State Department UAP Cable 5, Mexico, September 16, 2003
Agency: Department of State
Incident date: 9/12/03
Incident location: Mexico
Page 4
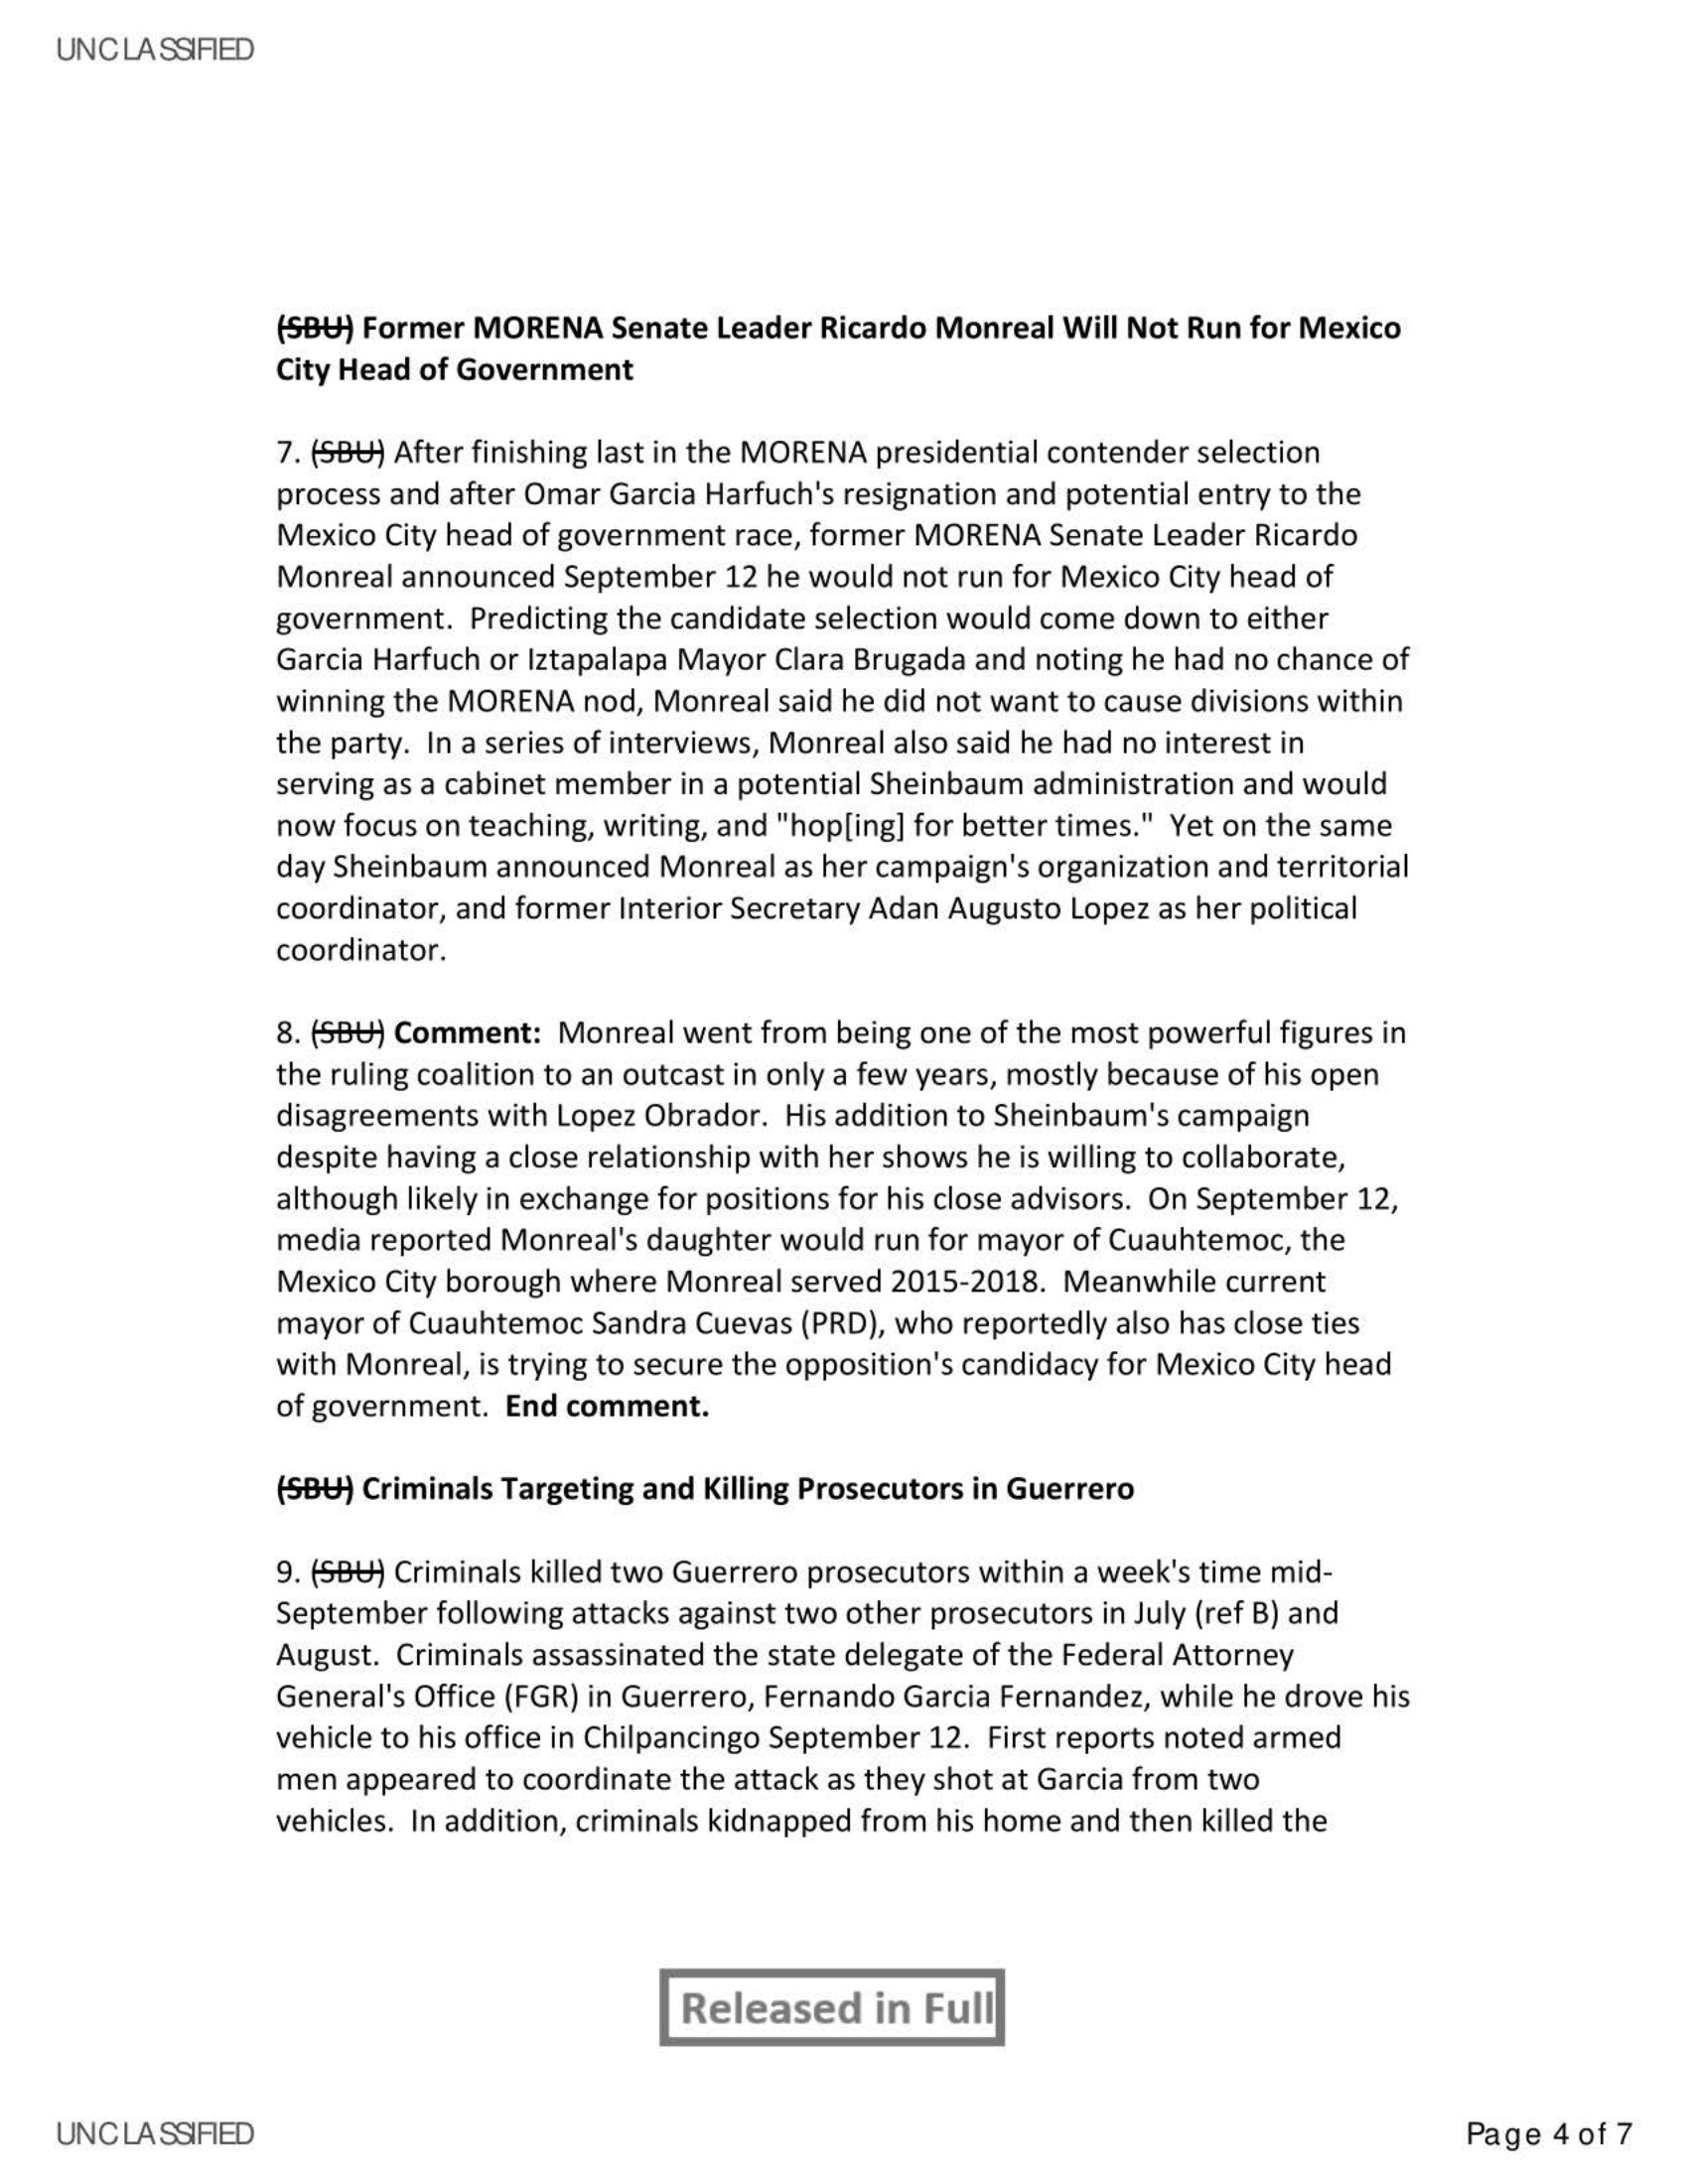